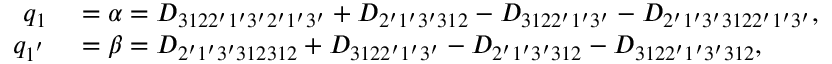
\begin{array} { r l } { q _ { 1 } } & { { } = \alpha = { D _ { 3 1 2 2 ^ { \prime } 1 ^ { \prime } 3 ^ { \prime } 2 ^ { \prime } 1 ^ { \prime } 3 ^ { \prime } } } + { D _ { 2 ^ { \prime } 1 ^ { \prime } 3 ^ { \prime } 3 1 2 } } - { D _ { 3 1 2 2 ^ { \prime } 1 ^ { \prime } 3 ^ { \prime } } } - { D _ { 2 ^ { \prime } 1 ^ { \prime } 3 ^ { \prime } 3 1 2 2 ^ { \prime } 1 ^ { \prime } 3 ^ { \prime } } } , } \\ { q _ { 1 ^ { ' } } } & { { } = \beta = { D _ { 2 ^ { \prime } 1 ^ { \prime } 3 ^ { \prime } 3 1 2 3 1 2 } } + { D _ { 3 1 2 2 ^ { \prime } 1 ^ { \prime } 3 ^ { \prime } } } - { D _ { 2 ^ { \prime } 1 ^ { \prime } 3 ^ { \prime } 3 1 2 } } - { D _ { 3 1 2 2 ^ { \prime } 1 ^ { \prime } 3 ^ { \prime } 3 1 2 } } , } \end{array}